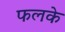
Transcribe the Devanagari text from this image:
फलके